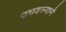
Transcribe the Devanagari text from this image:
उघडल्याने